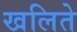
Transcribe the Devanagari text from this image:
खलिते